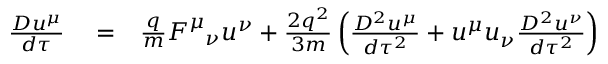
\begin{array} { r l r } { \frac { D u ^ { \mu } } { d \tau } } & { { } = } & { \frac { q } { m } F _ { \ \ \nu } ^ { \mu } u ^ { \nu } + \frac { 2 q ^ { 2 } } { 3 m } \left( \frac { D ^ { 2 } u ^ { \mu } } { d \tau ^ { 2 } } + u ^ { \mu } u _ { \nu } \frac { D ^ { 2 } u ^ { \nu } } { d \tau ^ { 2 } } \right) } \end{array}